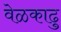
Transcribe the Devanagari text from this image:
वेळकाढु